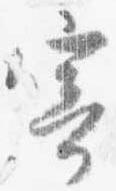
寄